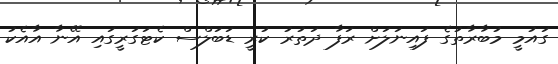
ގައުމީ މުބާރާތުގެ ފައިނަލަށް ރަފާ ދަތުރު ކުރީ ޑަބަލްސް ކެޓަގަރީގައި އޭނާ އާއެކު